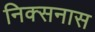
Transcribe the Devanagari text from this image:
निक्सनास